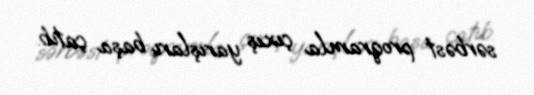
sərbəst proqramla çıxış yarışları başa çatıb.